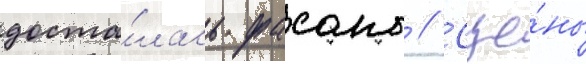
доста́лась фасано // Сце́ны